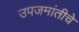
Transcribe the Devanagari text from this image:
उपजमांतीचे